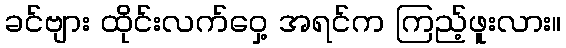
ခင်ဗျား ထိုင်းလက်ဝှေ့ အရင်က ကြည့်ဖူးလား။